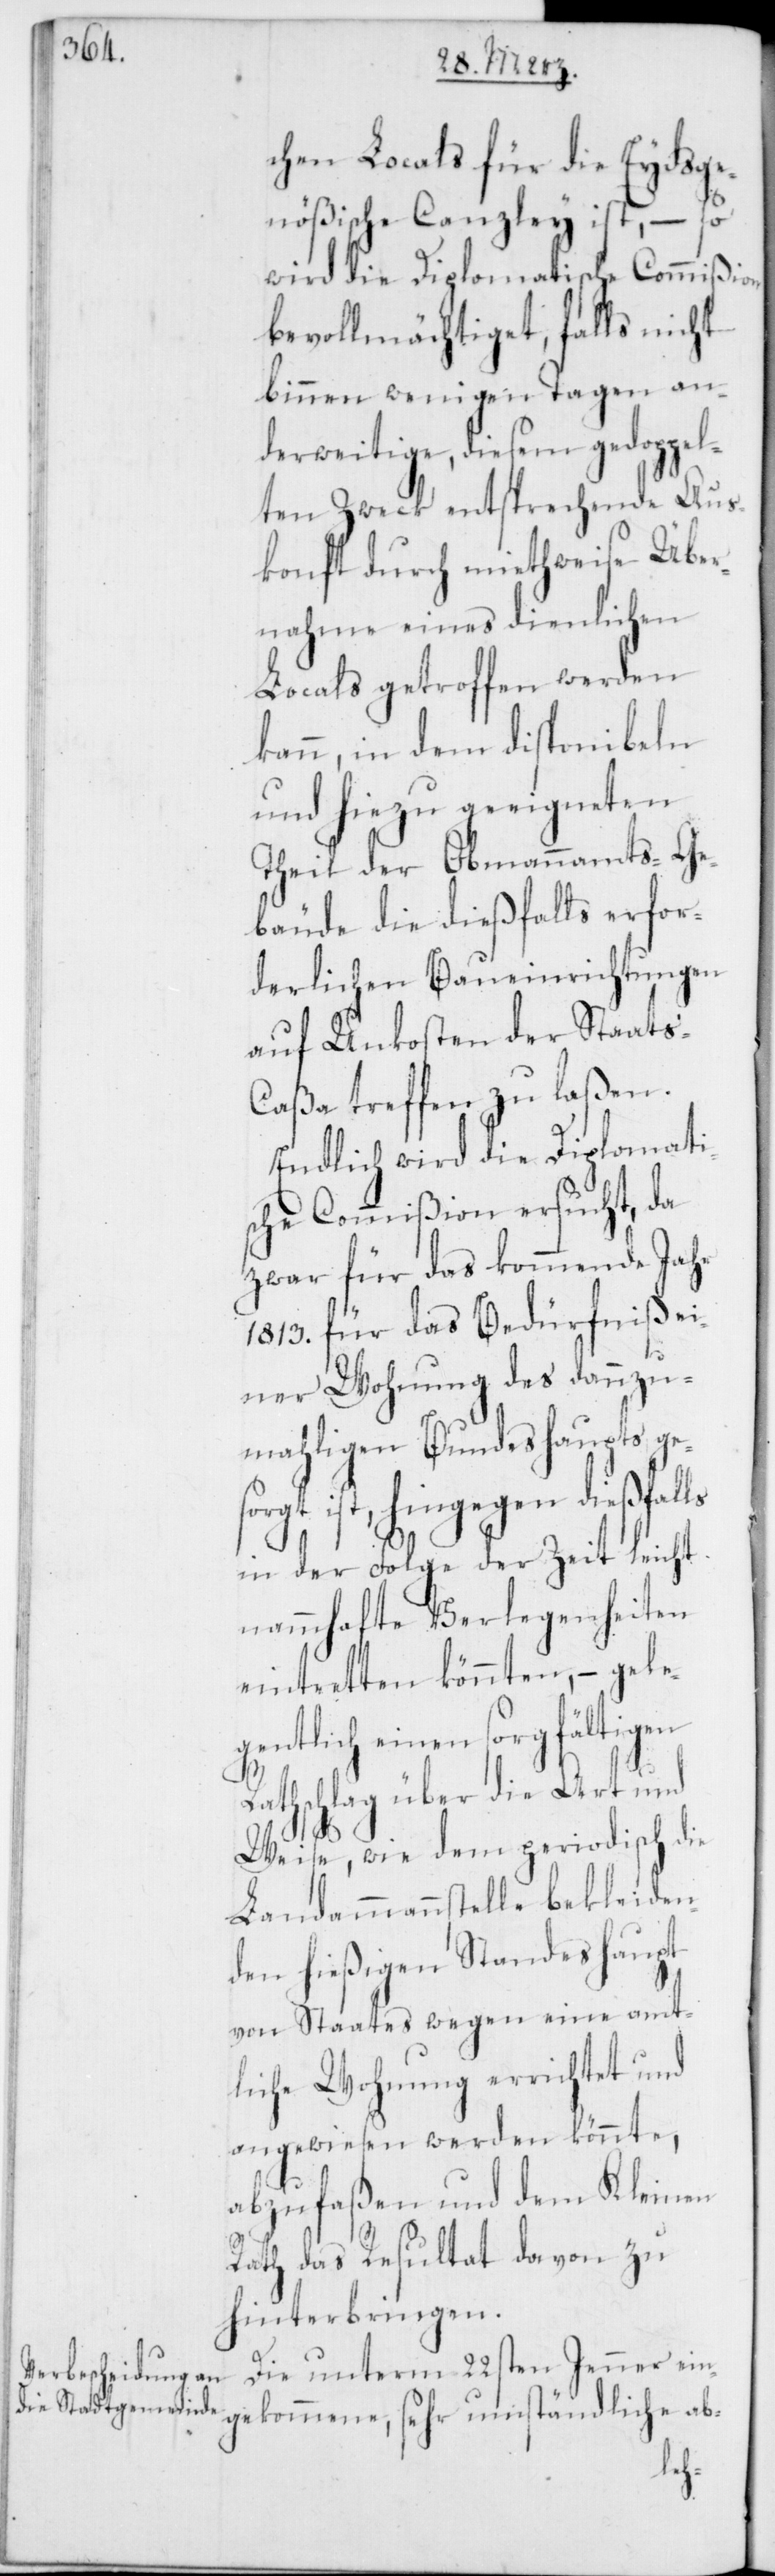
so¬

chen Locals für die Eydsge¬
nößische Canzley ist, – so
wird die Diplomatische Commißion
bevollmächtiget, falls nicht
binnen wenigen Tagen an¬
derweitige, diesem gedoppel¬
ten Zweck entsprechende Aus¬
konft durch miethweise Über¬
nahme eines dienlichen
Locals getroffen werden
kann, in dem disponibeln
und hiezu geeigneten
Theil der Obmannamts-Ge¬
bäude die dießfalls erfor¬
derlichen Baueinrichtungen
auf Unkosten der Staats-C¬
aßa treffen zu laßen.
Endlich wird die Diplomati¬
sche Commißion ersucht, da
zwar für das kommende Jahr
1813. für das Bedürfniß ei¬
ner Wohnung des dannzu¬
mahligen Bundeshaupts ge¬
rgt ist, hingegen dießfalls
in der Folge der Zeit leicht
nammhafte Verlegenheiten
eintretten könnten, – geleg¬
entlich einen sorgfältigen
Rathschlag über die Art und
Weise, wie dem periodisch die
Landmannsstelle bekleiden¬
den hießigen Standeshaupt
von Staates wegen eine amt¬
liche Wohnung errichtet und
angewiesen werden könnte,
abzufaßen und dem Kleinen
Rath das Resultat davon zu
hinterbringen.
Die unterm 22sten Jenner ein¬
gekommene, sehr umständliche ab-